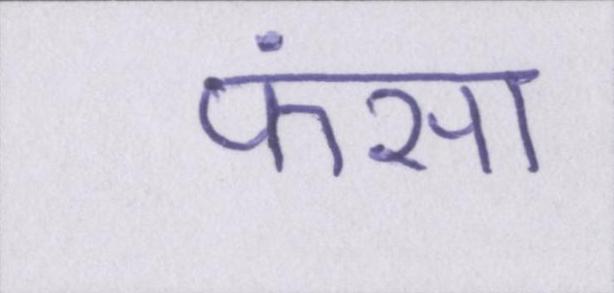
फंसा